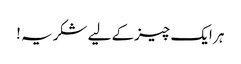
ہر ایک چیزکے لیے شکریہ !